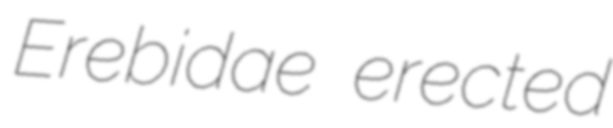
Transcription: Erebidae erected